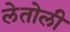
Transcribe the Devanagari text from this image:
लेतोली